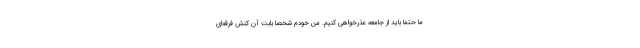
ما حتما باید از جامعه عذرخواهی کنیم. من خودم شخصا بابت آن کنش فرقه‌ای